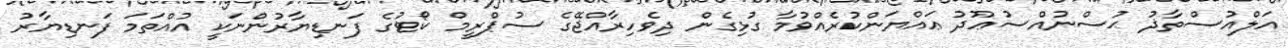
އަލްއުސްތާޛު ޙުސްނުއްސުޢޫދު ޢައްޔަންކުރެއްވުމާ ގުޅިގެން ދިވެހިރާއްޖޭގެ ސުޕްރީމް ކޯޓުގެ ފަނޑިޔާރުންނަކީ އުއްތަމަ ފަނޑިޔާރު